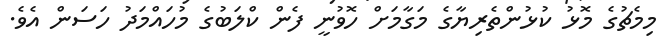
މިމެޗުގެ މޮޅު ކުޅުންތެރިޔާގެ މަގާމަށް ހޮވުނީ ފެން ކްލަބުގެ މުހައްމަދު ހަސަން އެވެ.